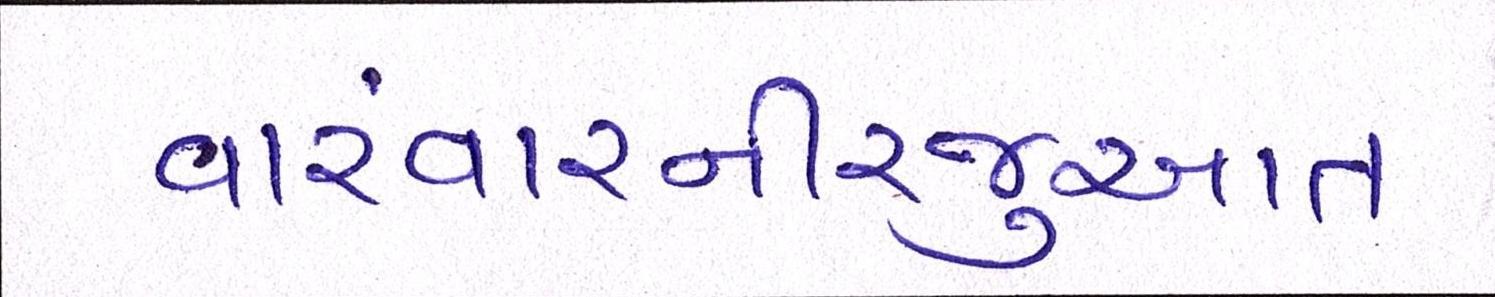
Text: વારંવારનીરજુઆત